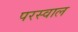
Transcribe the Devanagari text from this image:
परस्वाल